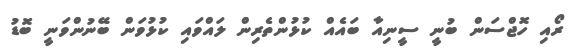
ރޯއި ހޮޖްސަން ބުނީ ސީނިއާ ބައެއް ކުޅުންތެރިން ލައްވައި ކުޅުވަން ބޭނުންވަނީ ބޮޑު